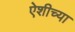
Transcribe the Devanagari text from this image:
ऐशीच्या